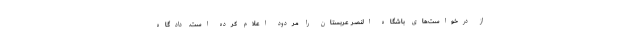
از درخواست‌های باشگاه النصر عربستان را مردود اعلام کرده است. دادگاه